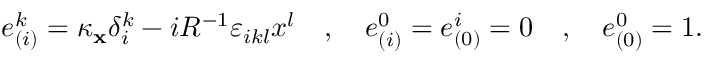
e _ { ( i ) } ^ { k } = \kappa _ { { \bf x } } \delta _ { i } ^ { k } - i R ^ { - 1 } \varepsilon _ { i k l } x ^ { l } \quad , \quad e _ { ( i ) } ^ { 0 } = e _ { ( 0 ) } ^ { i } = 0 \quad , \quad e _ { ( 0 ) } ^ { 0 } = 1 .